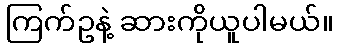
ကြက်ဥနဲ့ ဆားကိုယူပါမယ်။